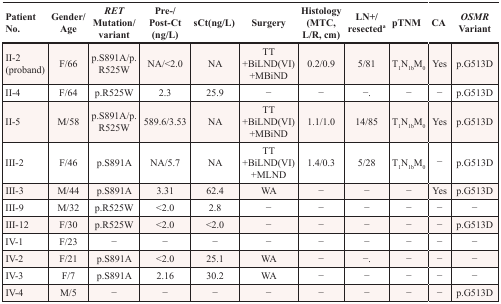
| Patient No. | Gender/Age | RET Mutation/variant | Pre-/Post-Ct (ng/L) | sCt(ng/L) | Surgery | Histology (MTC, L/R, cm) | LN+/resecteda | pTNM | CA | OSMR Variant |
 | --- | --- | --- | --- | --- | --- | --- | --- | --- | --- | --- |
 | II-2 (proband) | F/66 | p.S891A/p.R525W | NA/<2.0 | NA | TT +BiLND(VI) +MBiND | 0.2/0.9 | 5/81 | T1N1bM0 | Yes | p.G513D |
 | II-4 | F/64 | p.R525W | 2.3 | 25.9 | − | − | −. | − | − | p.G513D |
 | II-5 | M/58 | p.S891A/p.R525W | 589.6/3.53 | NA | TT +BiLND(VI) +MBiND | 1.1/1.0 | 14/85 | T1N1bM0 | Yes | p.G513D |
 | III-2 | F/46 | p.S891A | NA/5.7 | NA | TT +BiLND(VI) +MLND | 1.4/0.3 | 5/28 | T1N1bM0 | − | p.G513D |
 | III-3 | M/44 | p.S891A | 3.31 | 62.4 | WA | − | − | − | Yes | p.G513D |
 | III-9 | M/32 | p.R525W | <2.0 | 2.8 | − | − | − | − | − | − |
 | III-12 | F/30 | p.R525W | <2.0 | <2.0 | − | − | − | − | − | p.G513D |
 | IV-1 | F/23 | − | − | − | − | − | − | − | − | − |
 | IV-2 | F/21 | p.S891A | <2.0 | 25.1 | WA | − | −. | − | − | − |
 | IV-3 | F/7 | p.S891A | 2.16 | 30.2 | WA | − | − | − | − | − |
 | IV-4 | M/5 | − | − | − | − | − | − | − | − | p.G513D |